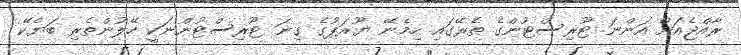
ރާއްޖެއަށް އަންނަ ޓޫރިސްޓުންގެ ތެރޭގައި ހިމެނޭ ޔޫރަޕުގެ ގިނަ ޓޫރިސްޓުންނަކީ ހޭލުންތެރި ބަޔެކޭ